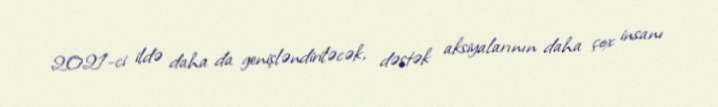
2021-ci ildə daha da genişləndiriləcək, dəstək aksiyalarının daha çox insanı